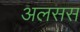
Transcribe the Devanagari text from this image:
अलसस